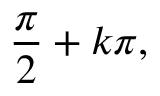
{ \frac { \pi } { 2 } } + k \pi ,